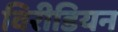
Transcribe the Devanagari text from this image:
विरीडियन